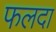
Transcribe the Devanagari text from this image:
फलदा